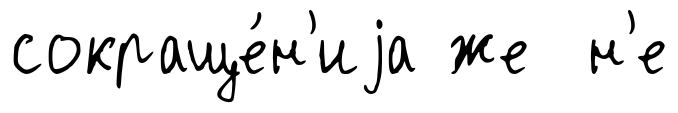
сокраще́н'иjа же н'е